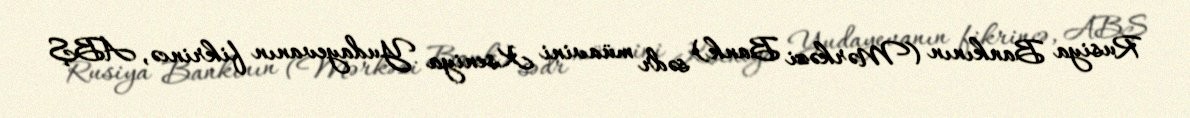
Rusiya Bankının (Mərkəzi Bank) sədr müavini Kseniya Yudayevanın fikrincə, ABŞ